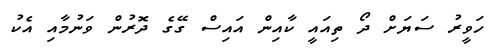
ހަވީރު ސަޔަށް ދޯ ތިއައީ ކާއިން އައިސް ގޭގެ ދޮރުން ވަނުމާއި އެކު